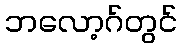
ဘလော့ဂ်တွင်